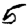
Digit: 5